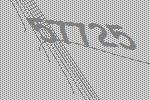
57725